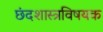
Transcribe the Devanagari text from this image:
छंदशास्त्रविषयक